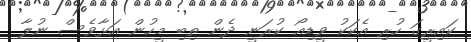
ކައިރީގަ ހުރި އެކަކު ވީޑިއޯ ކުރަނީ ދެން ތިބި މީހުން އަޅާވެސް ނުލާ